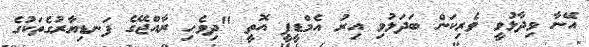
އޭނާ ވިދާޅުވީ ވެރިކަން ބަދަލުވި އިރު އެމްޑީޕީ އޮތީ "ދިވެހި ރާއްޖޭގެ ފަނޑިޔާރުގެތަކުގެ